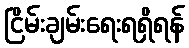
ငြိမ်းချမ်းရေးရရှိရန်